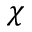
\chi